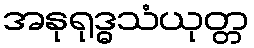
အနုရုဒ္ဓသံယုတ္တ